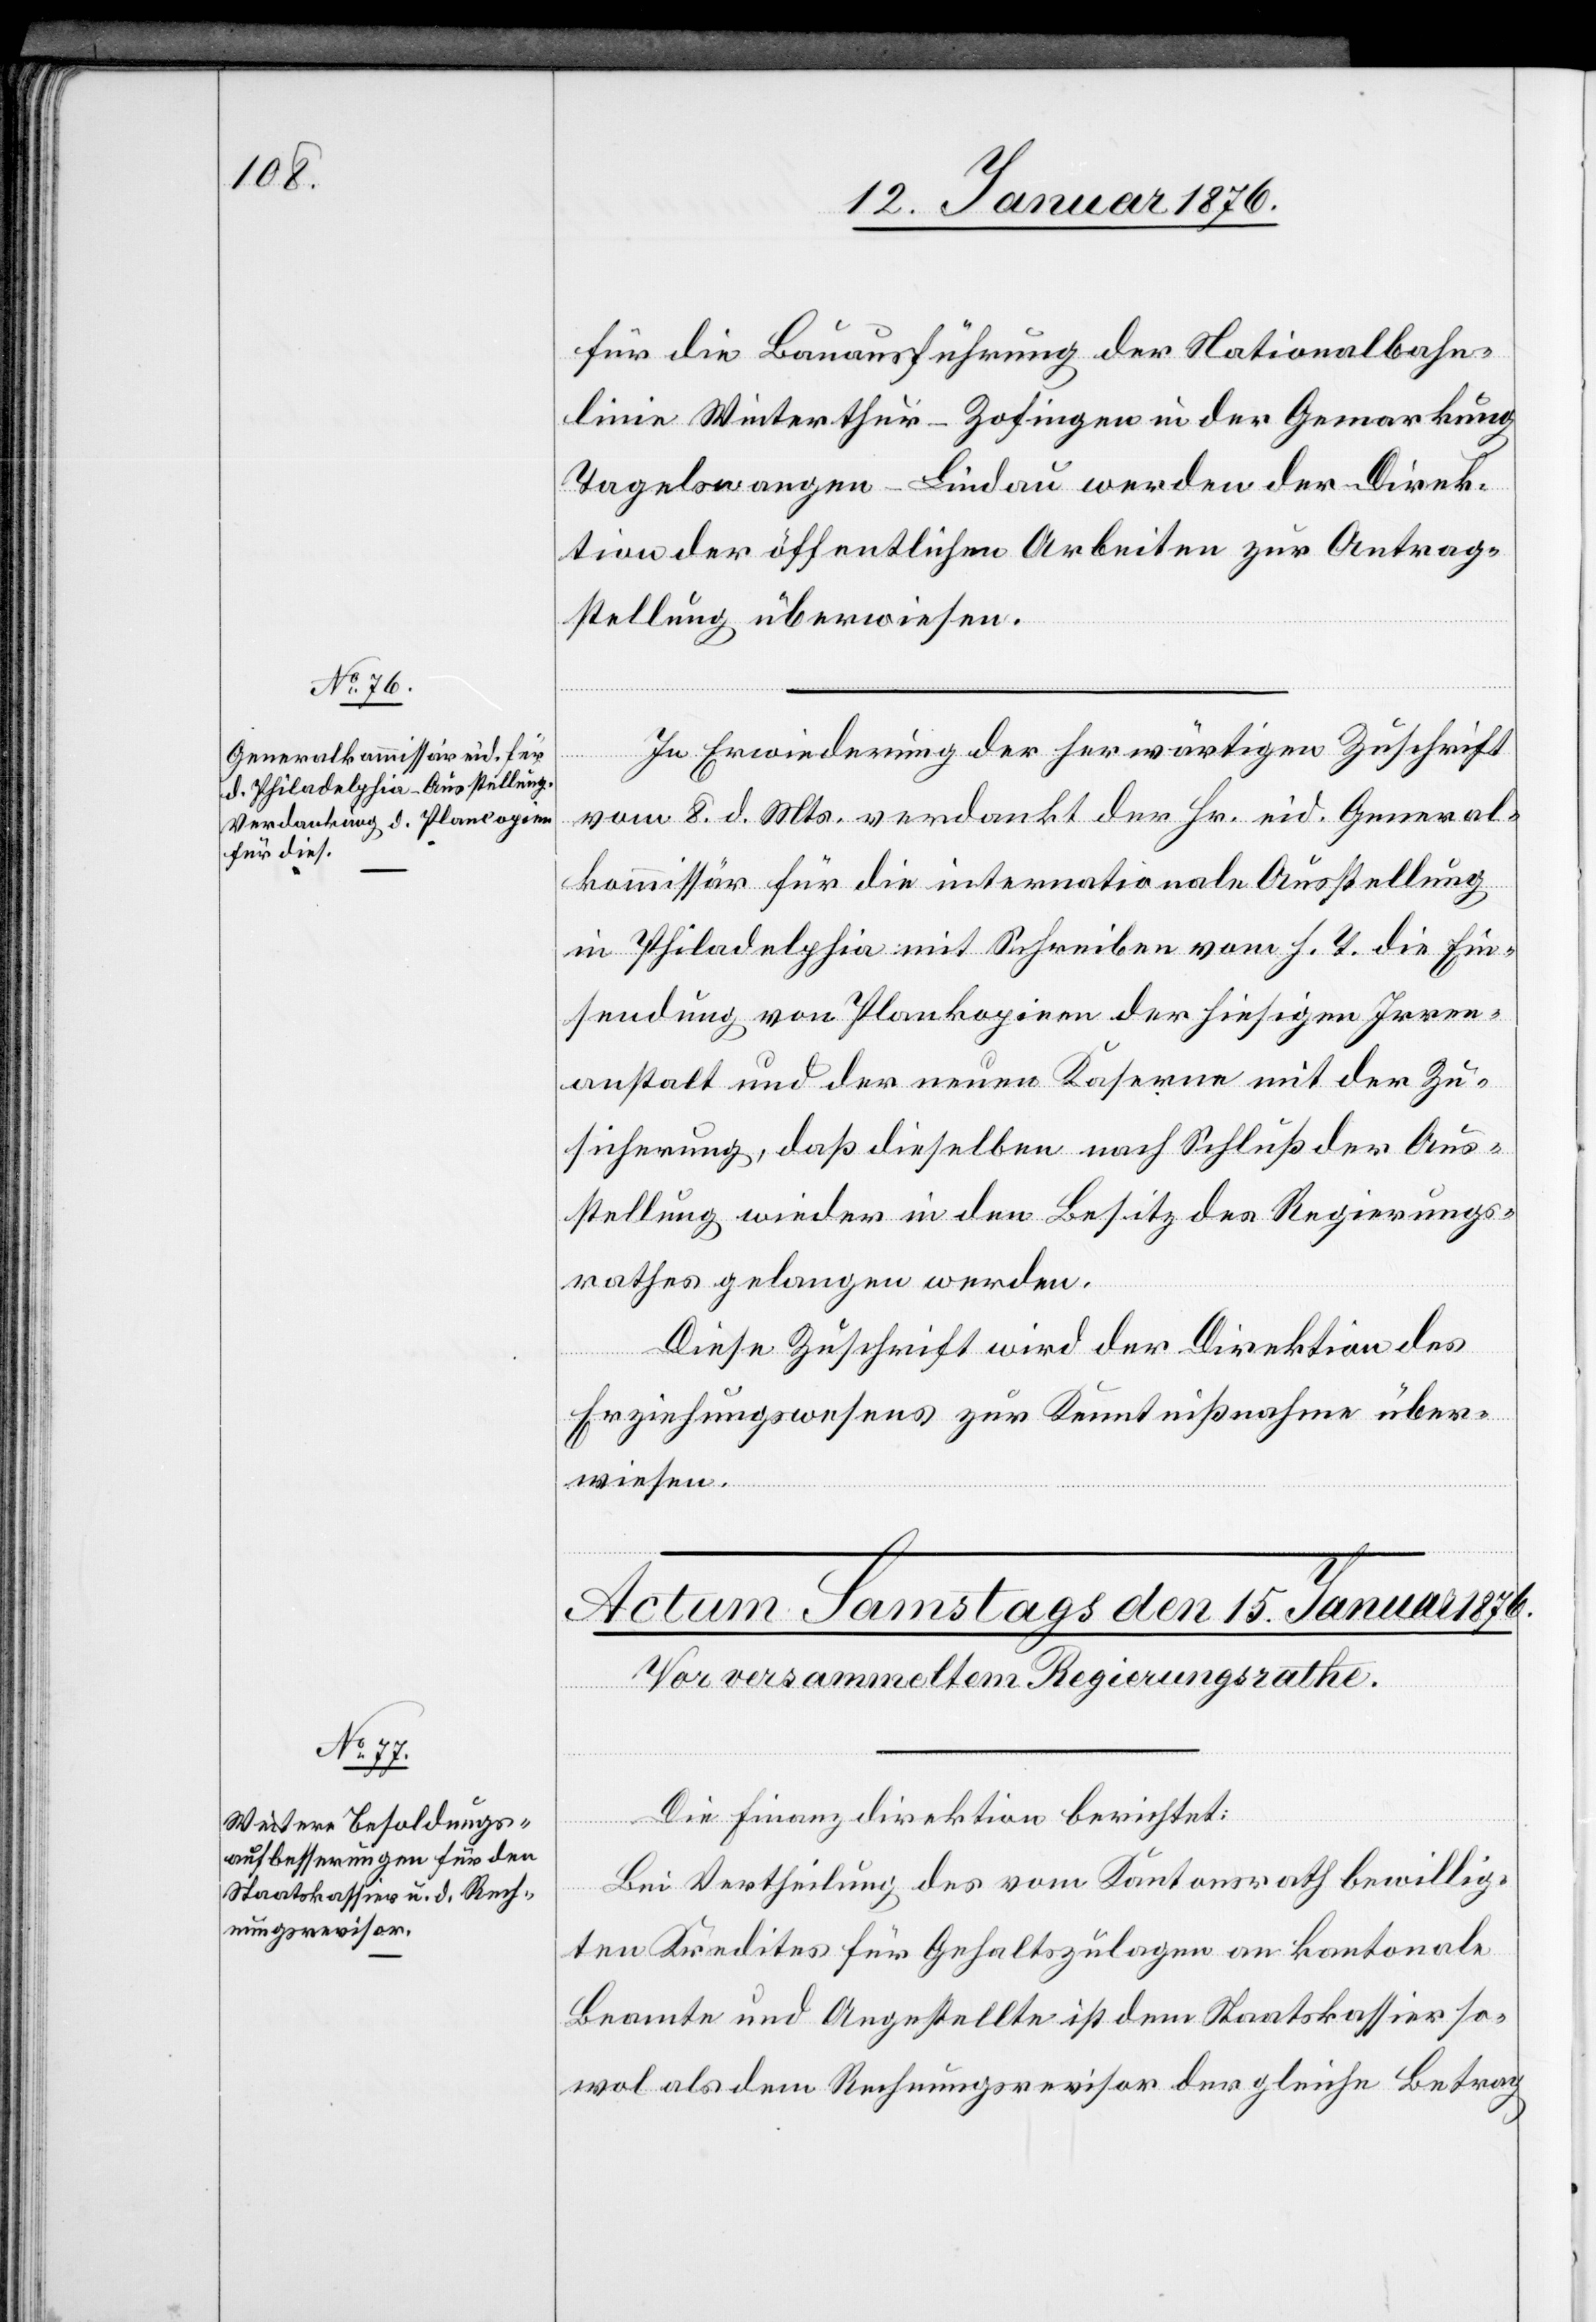
14. Januar 1876.]
für die Bauausführung der Nationalbahn¬
linie Winterthur-Zofingen in der Gemarkung
Tagelswangen-Lindau werden der Direk¬
tion der öffentlichen Arbeiten zur Antrag¬
stellung überwiesen.
In Erwiederung der herwärtigen Zuschrift
vom 8. d. Mts. verdankt der Hr. eid. General¬
kommissär für die internationale Ausstellung
in Philadelphia mit Schreiben vom h. T. die Ein¬
sendung von Plankopien der hiesigen Irren¬
anstalt und der neuen Kaserne mit der Zu¬
sicherung, daß dieselben nach Schluß der Aus¬
stellung wieder in den Besitz des Regierungs¬
rathes gelangen werden.
Diese Zuschrift wird der Direktion des
Erziehungswesens zur Kenntnißnahme über¬
wiesen.
Die Finanzdirektion berichtet:
Bei Vertheilung des vom Kantonsrath bewillig¬
ten Kredites für Gehaltszulagen an kantonale
Beamte und Angestellte ist dem Staatskassier so¬
wol als dem Rechnungsrevisor der gleiche Betrag